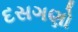
દસગણો